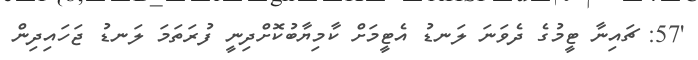
'57: ޗައިނާ ޓީމުގެ ދެވަނަ ލަނޑު އެޓީމަށް ކާމިޔާބުކޮށްދިނީ ފުރަތަމަ ލަނޑު ޖަހައިދިން